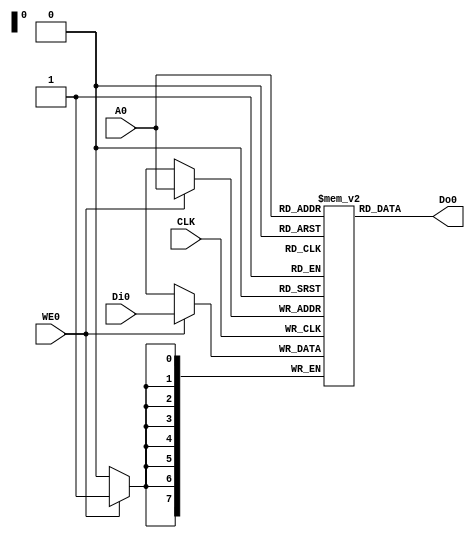
// This program was cloned from: https://github.com/KASIRGA-KIZIL/tekno-kizil
// License: GNU General Public License v3.0

module RAM256x8_ASYNC (
   input CLK,
   input WE0,
   input [7:0] A0,
   input [7:0] Di0,
   output [7:0] Do0
);

   reg [7:0] RAM[0:255];

   always @(posedge CLK) begin
      if(WE0) RAM[A0] <= Di0;
   end

   assign Do0 = RAM[A0];

endmodule